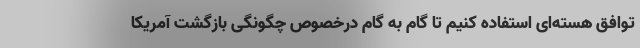
توافق هسته‌ای استفاده کنیم تا گام به گام درخصوص چگونگی بازگشت آمریکا